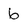
Character: 6